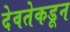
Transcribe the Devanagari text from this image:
देवतेकडून